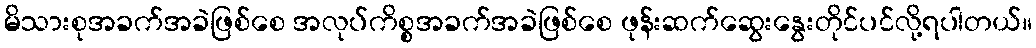
မိသားစုအခက်အခဲဖြစ်စေ အလုပ်ကိစ္စအခက်အခဲဖြစ်စေ ဖုန်းဆက်ဆွေးနွေးတိုင်ပင်လို့ရပါတယ်။